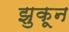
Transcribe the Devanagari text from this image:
झुकून